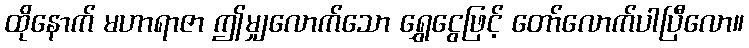
ထိုနောက် မဟာရာဇာ ဤမျှလောက်သော ရွှေငွေဖြင့် တော်လောက်ပါပြီလော။